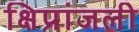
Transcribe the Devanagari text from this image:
क्षिप्रांजली